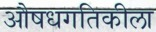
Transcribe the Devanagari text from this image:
औषधगतिकीला